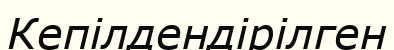
Кепілдендірілген